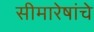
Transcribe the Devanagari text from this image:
सीमारेषांचे